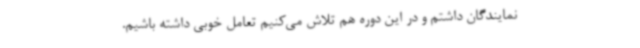
نمایندگان داشتم و در این دوره هم تلاش می‌کنیم تعامل خوبی داشته باشیم.